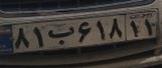
۸۱ب۶۱۸۱۱